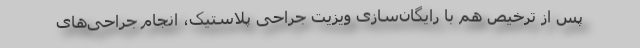
پس از ترخیص هم با رایگان‌سازی ویزیت جراحی پلاستیک، انجام جراحی‌های